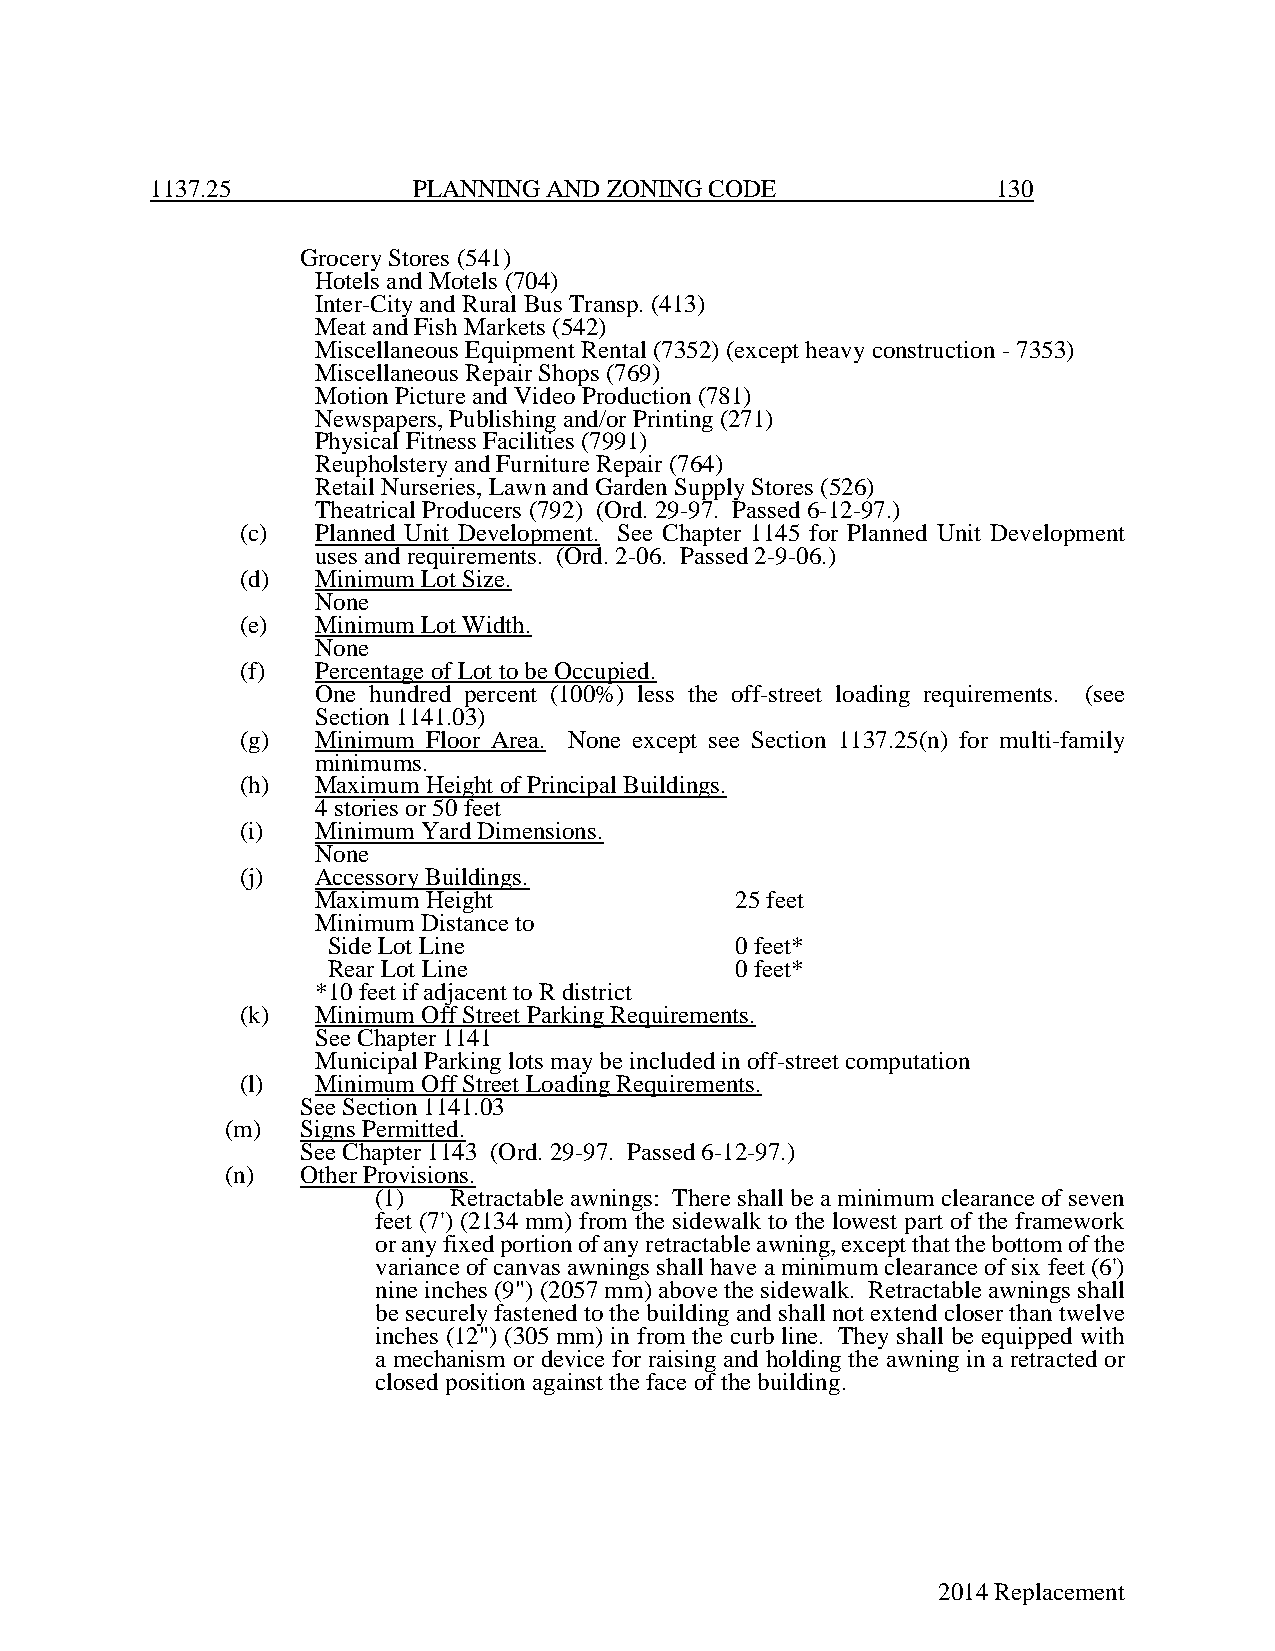
1137.25          PLANNING AND ZONING CODE               130
 Grocery Stores (541)
 Hotels and Motels (704)
 Inter-City and Rural Bus Transp. (413)
 Meat and Fish Markets (542)
 Miscellaneous Equipment Rental (7352) (except heavy construction - 7353)
 Miscellaneous Repair Shops (769)
 Motion Picture and Video Production (781)
 Newspapers, Publishing and/or Printing (271)
 Physical Fitness Facilities (7991)
 Reupholstery and Furniture Repair (764)
 Retail Nurseries, Lawn and Garden Supply Stores (526)
 Theatrical Producers (792) (Ord. 29-97. Passed 6-12-97.)
 (c)  Planned Unit Development. See Chapter 1145 for Planned Unit Development
 uses and requirements. (Ord. 2-06. Passed 2-9-06.)
 (d)  Minimum Lot Size.
 None
 (e)  Minimum Lot Width.
 None
 (f)  Percentage of Lot to be Occupied.
 One hundred percent (100%) less the off-street loading requirements. (see
 Section 1141.03)
 (g)  Minimum Floor Area. None except see Section 1137.25(n) for multi-family
 minimums.
 (h)  Maximum Height of Principal Buildings.
 4 stories or 50 feet
 (i)  Minimum Yard Dimensions.
 None
 (j)  Accessory Buildings.
 Maximum Height              25 feet
 Minimum Distance to
 Side Lot Line              0 feet*
 Rear Lot Line              0 feet*
 *10 feet if adjacent to R district
 (k)  Minimum Off Street Parking Requirements.
 See Chapter 1141
 Municipal Parking lots may be included in off-street computation
 (l)  Minimum Off Street Loading Requirements.
 See Section 1141.03
 (m)  Signs Permitted.
 See Chapter 1143 (Ord. 29-97. Passed 6-12-97.)
 (n)  Other Provisions.
 (1)  Retractable awnings: There shall be a minimum clearance of seven
 feet (7') (2134 mm) from the sidewalk to the lowest part of the framework
 or any fixed portion of any retractable awning, except that the bottom of the
 variance of canvas awnings shall have a minimum clearance of six feet (6')
 nine inches (9") (2057 mm) above the sidewalk. Retractable awnings shall
 be securely fastened to the building and shall not extend closer than twelve
 inches (12") (305 mm) in from the curb line. They shall be equipped with
 a mechanism or device for raising and holding the awning in a retracted or
 closed position against the face of the building.
 2014 Replacement